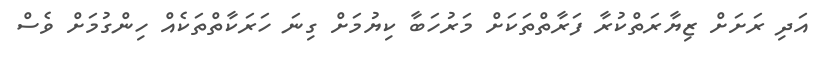
އަދި ރަށަށް ޒިޔާރަތްކުރާ ފަރާތްތަކަށް މަރުހަބާ ކިޔުމަށް ގިނަ ހަރަކާތްތަކެއް ހިންގުމަށް ވެސް